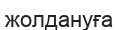
жолдануға